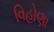
વિહોણા